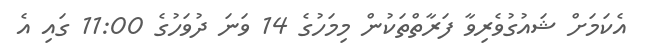
އެކަމަށް ޝައުގުވެރިވާ ފަރާތްތަކުން މިމަހުގެ 14 ވަނަ ދުވަހުގެ 11:00 ގައި އެ